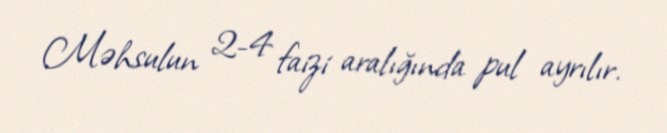
Məhsulun 2-4 faizi aralığında pul ayrılır.